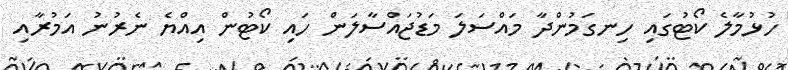
ހުޅުމާލެ ކޯޓުގައި ހިނގަމުންދާ މައްސަލަ މަޑުޖައްސާލަން ހައި ކޯޓުން އިއްޔެ ނެރުނު އަމުރާއި